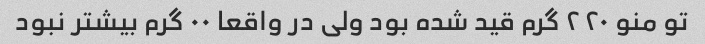
تو منو ٢٢٠ گرم قید شده بود ولی در واقعا ٠٠ گرم بیشتر نبود